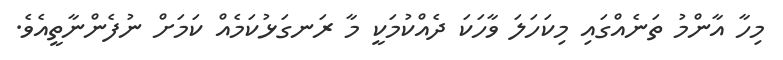
މިހާ އާންމު ތަނެއްގައި މިކަހަލަ ވާހަކަ ދެއްކުމަކީ މާ ރަނގަޅުކަމެއް ކަމަށް ނުފެންނާތީއެވެ.